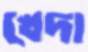
খেদা